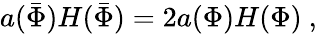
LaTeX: a(\bar{\Phi})H(\bar{\Phi})=2a(\Phi)H(\Phi)\ ,